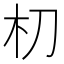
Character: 朷